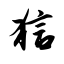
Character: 狺